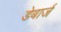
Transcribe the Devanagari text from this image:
डेबार्ज